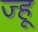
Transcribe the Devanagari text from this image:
ज्हू